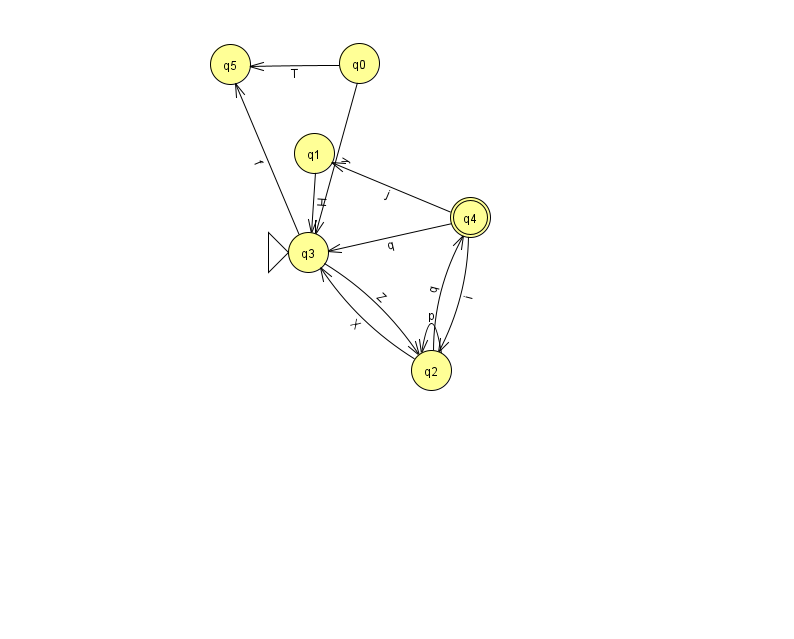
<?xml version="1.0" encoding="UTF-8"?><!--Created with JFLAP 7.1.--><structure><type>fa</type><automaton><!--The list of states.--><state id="0" name="q0"><x>359.0</x><y>50.0</y></state><state id="1" name="q1"><x>314.0</x><y>140.0</y></state><state id="2" name="q2"><x>431.0</x><y>357.0</y></state><state id="3" name="q3"><x>308.0</x><y>239.0</y><initial/></state><state id="4" name="q4"><x>470.0</x><y>204.0</y><final/></state><state id="5" name="q5"><x>230.0</x><y>51.0</y></state><!--The list of transitions.--><transition><from>0</from><to>5</to><read>T</read></transition><transition><from>2</from><to>2</to><read>p</read></transition><transition><from>3</from><to>5</to><read>f</read></transition><transition><from>4</from><to>1</to><read>j</read></transition><transition><from>4</from><to>2</to><read>i</read></transition><transition><from>3</from><to>2</to><read>Z</read></transition><transition><from>0</from><to>3</to><read>y</read></transition><transition><from>1</from><to>3</to><read>H</read></transition><transition><from>2</from><to>3</to><read>X</read></transition><transition><from>4</from><to>3</to><read>q</read></transition><transition><from>2</from><to>4</to><read>q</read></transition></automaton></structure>